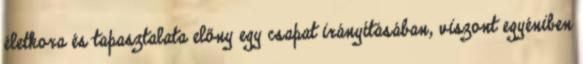
életkora és tapasztalata előny egy csapat irányításában, viszont egyéniben